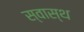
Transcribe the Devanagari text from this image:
स्‍वास्थ